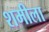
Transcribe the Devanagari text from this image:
शमीला